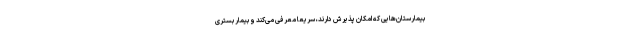
بیمارستان‌هایی که امکان پذیرش دارند، سریعا معرفی می‌کند و بیمار بستری